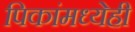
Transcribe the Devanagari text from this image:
पिकांमध्येही